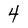
Character: 4